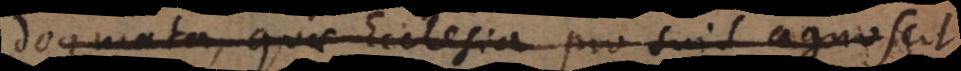
Dogmata, quae Ecclesia pro suis agnoscit